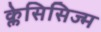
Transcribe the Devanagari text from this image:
क्लेसिसिज्म